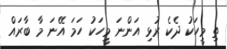
ތި މީހަކު ދެކެ ރުޅި އަންނަ މީހަކު ހަމަ އޭނަ މާ ބާރައް